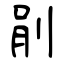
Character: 剈